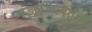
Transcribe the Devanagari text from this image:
मंडळींबाबतचा